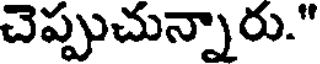
చెప్పుచున్నారు."